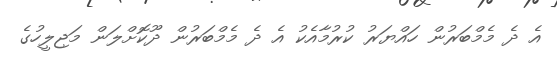
އެ ދެ މެމްބަރުން ހައްޔަރު ކުރުމާއެކު އެ ދެ މެމްބަރުން ދޫކޮށްލަން މަޖިލީހުގެ